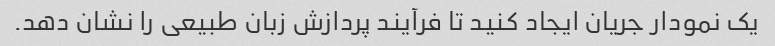
یک نمودار جریان ایجاد کنید تا فرآیند پردازش زبان طبیعی را نشان دهد.